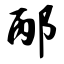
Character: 邴